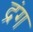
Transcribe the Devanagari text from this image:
द्रंग